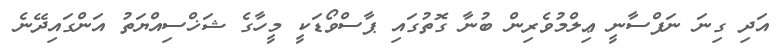
އަދި ގިނަ ނަފްސާނީ ޢިލްމުވެރިން ބުނާ ގޮތުގައި ޕާސްވޯޑަކީ މީހާގެ ޝަޚްސިއްޔަތު އަންގައިދޭނެ